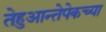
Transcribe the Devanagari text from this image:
तेहुआन्तेपेकच्या